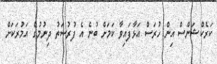
ކަރެކްޝަންސް އިން ހުރަސް އަޅާފައިވާ ކަމަށް ބުނެ އެ ފުރުސަތު ދިނުމުގެ އަމުރަކަށް